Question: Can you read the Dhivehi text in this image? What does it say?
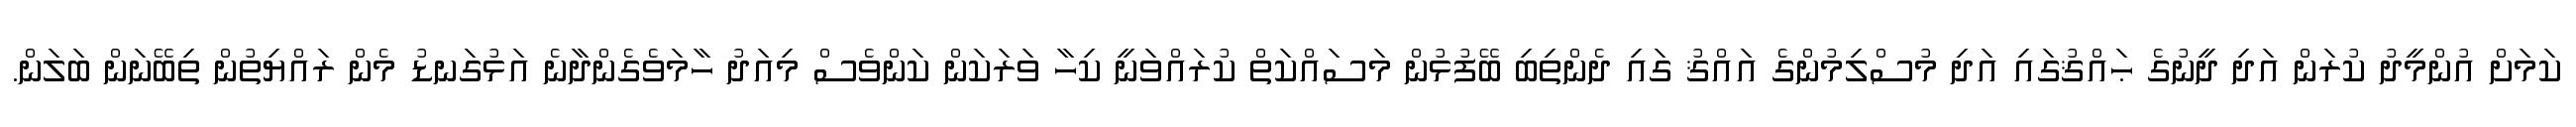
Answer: ކަމަށް އުންމީދު ކުރަން އަދި ދީނުގެ ޙައްޤުގައި އަދި މުސްލިމުންގެ އައްޤު ގައި ދެންތިބި ބޭފުޅުން މަސައްކަތް ކުރައްވަނީ ކިހާ ވަރަކަން ކަންވެސް މިއަދު ހާމަވެގެންދާނެ އަޅުގަނޑު މެން ރައްޔިތުން ތިބޭނަން ބަލަން.